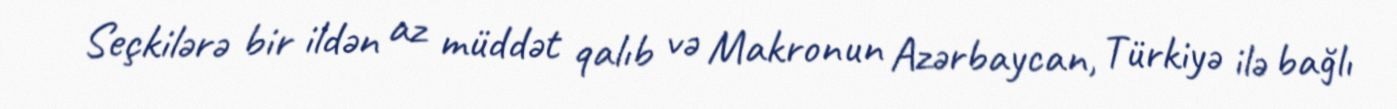
Seçkilərə bir ildən az müddət qalıb və Makronun Azərbaycan, Türkiyə ilə bağlı